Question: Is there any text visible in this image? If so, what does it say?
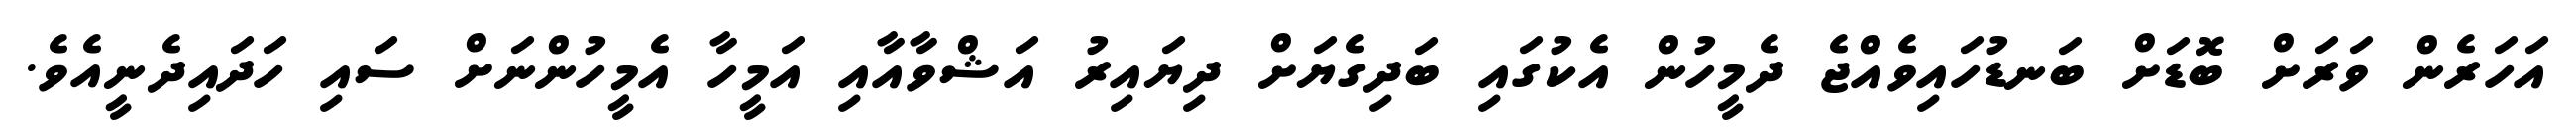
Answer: އަހަރެން ވަރަށް ބޮޑަށް ބަނޑުހައިވެއްޖެ ދެމީހުން އެކުގައި ބަދިގެޔަށް ދިޔައިރު އަޝްވާއާއި އަމީހާ އެމީހުންނަށް ސައި ހަދައިދެނީއެވެ.